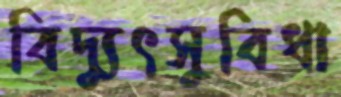
বিদ্যুৎসুবিধা